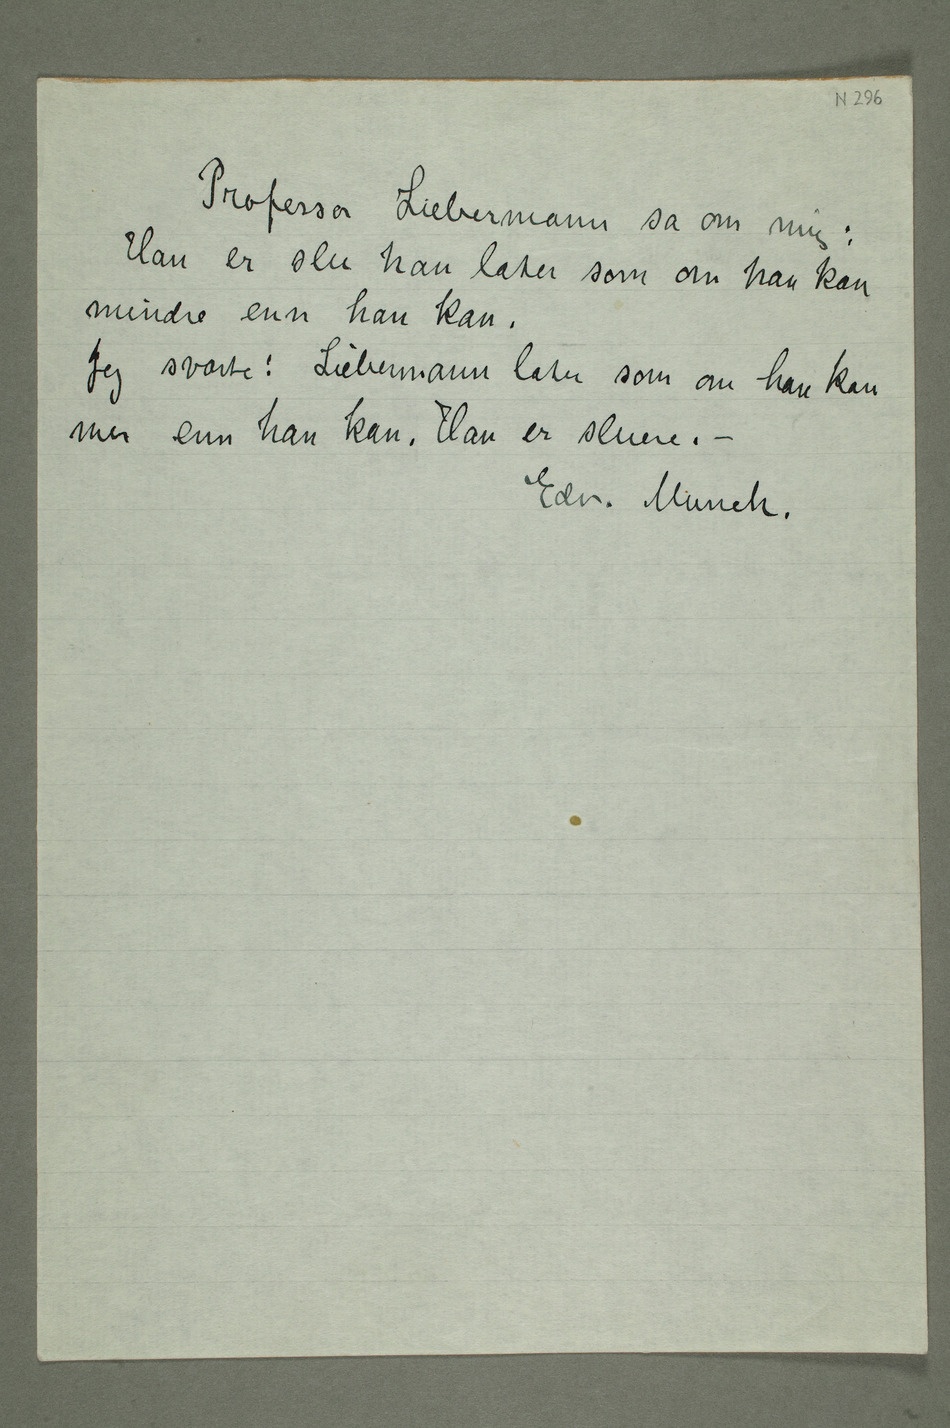
Professor Liebermann sa om mig:
Han er slu han later som om han kan
mindre enn han kan.
Jeg svarte: Liebermann later som om han  kan
mer enn han kan. Han er sluere.
– Edv. Munch